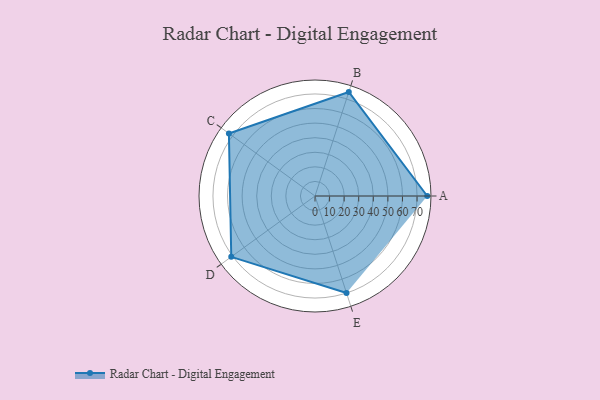
{"axis": {"x": "Skill", "y": "Score"}, "legend": ["Profile"], "data": [{"x": "A", "y": 77.0, "type": "Profile"}, {"x": "B", "y": 75.0, "type": "Profile"}, {"x": "C", "y": 73.0, "type": "Profile"}, {"x": "D", "y": 71.0, "type": "Profile"}, {"x": "E", "y": 70.0, "type": "Profile"}]}